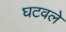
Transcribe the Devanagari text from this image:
घटवले